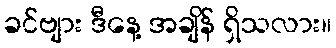
ခင်ဗျား ဒီနေ့ အချိန် ရှိသလား။